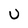
Character: U